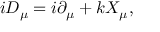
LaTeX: i D _ { \mu } = i \partial _ { \mu } + k X _ { \mu } ,